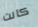
كانت